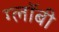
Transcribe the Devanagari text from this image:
ग्लॉबी